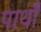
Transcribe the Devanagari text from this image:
पार्थों